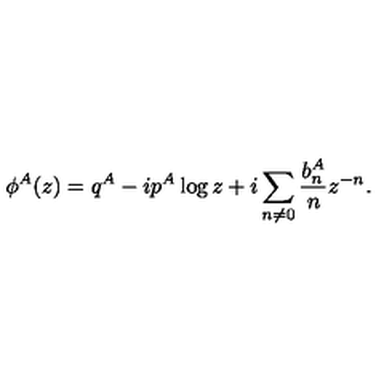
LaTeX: \phi ^ { A } ( z ) = q ^ { A } - i p ^ { A } \log { z } + i \sum _ { n \not = 0 } { { \frac { b _ { n } ^ { A } } { n } } z ^ { - n } } .